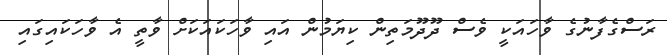
ރަސްގެފާނުގެ ވާހައަކީ ވެސް ދޫދޫމަތިން ކިޔަމުން އައި ވާހަކައަކަށް ވާތީ އެ ވާހަކައިގައި